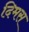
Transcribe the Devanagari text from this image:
दिमस